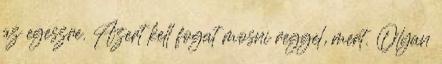
az egeszre. Azert kell fogat mosni reggel, mert. Olyan